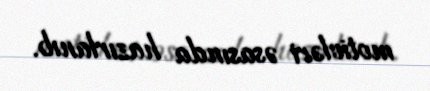
motivləri əsasında hazırlanıb.